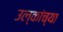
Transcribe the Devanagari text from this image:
उल्कांच्या